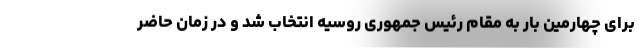
برای چهارمین بار به مقام رئیس جمهوری روسیه انتخاب شد و در زمان حاضر